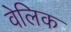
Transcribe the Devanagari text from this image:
वेलिक